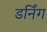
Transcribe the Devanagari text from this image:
डर्निंग